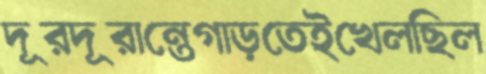
দূরদূরান্তেগাড়তেইখেলছিল